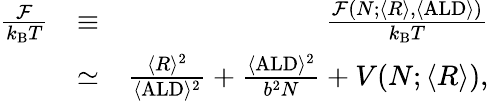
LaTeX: \begin{array}{rlr}{\frac{\mathcal{F}}{k_{\mathrm{B}}T}}&{\equiv}&{\frac{\mathcal{F}(N;\langle R\rangle,\langle\mathrm{ALD}\rangle)}{k_{\mathrm{B}}T}}\\ &{\simeq}&{\frac{\langle R\rangle^{2}}{\langle\mathrm{ALD}\rangle^{2}}+\frac{\langle\mathrm{ALD}\rangle^{2}}{b^{2}N}+V(N;\langle R\rangle),}\end{array}